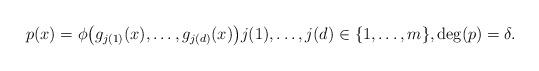
LaTeX: \begin{align*}p(x) = \phi\bigl(g_{j(1)}(x), \ldots, g_{j(d)}(x)\bigr) j(1), \ldots, j(d) \in \{1, \ldots, m \}, \deg(p) = \delta.\end{align*}